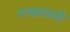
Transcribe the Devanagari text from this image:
गच्छावली